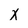
Character: x